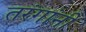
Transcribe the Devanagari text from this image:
तरंगांनी